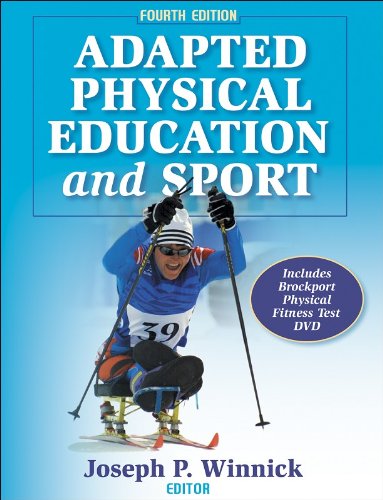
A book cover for Adapted Physical Education and Sport - 4th Edition; Joseph Winnick; Health, Fitness & Dieting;